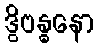
ဒွိဗန္ဓနော